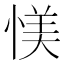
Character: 𱞸